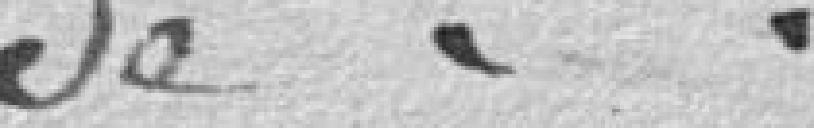
de